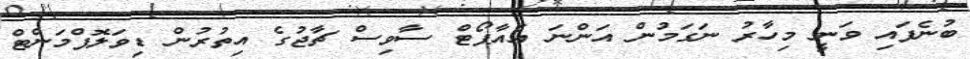
ބުނެފައި ވަނީ މިހާރު ނަގަމުން އަންނަ އެއާޕޯޓް ސާވިސް ޗާޖުގެ އިތުރުން ޑިވަލޮޕްމަންޓް